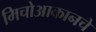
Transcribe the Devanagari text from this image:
मिचोआकानचे